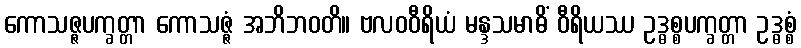
ကောသဇ္ဇပက္ခတ္တာ ကောသဇ္ဇံ အဘိဘဝတိ။ ဗလဝဝီရိယံ မန္ဒသမာဓိံ ဝီရိယဿ ဥဒ္ဓစ္စပက္ခတ္တာ ဥဒ္ဓစ္စံ